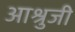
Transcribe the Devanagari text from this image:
आश्रुजी